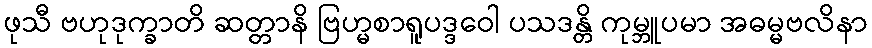
ဖုသီ ဗဟုဒုက္ခာတိ ဆတ္တာနိ ဗြဟ္မစာရူပဒ္ဒဝေါ ပသဒန္တိ ကုမ္ဘူပမာ အဓမ္မဗလိနာ